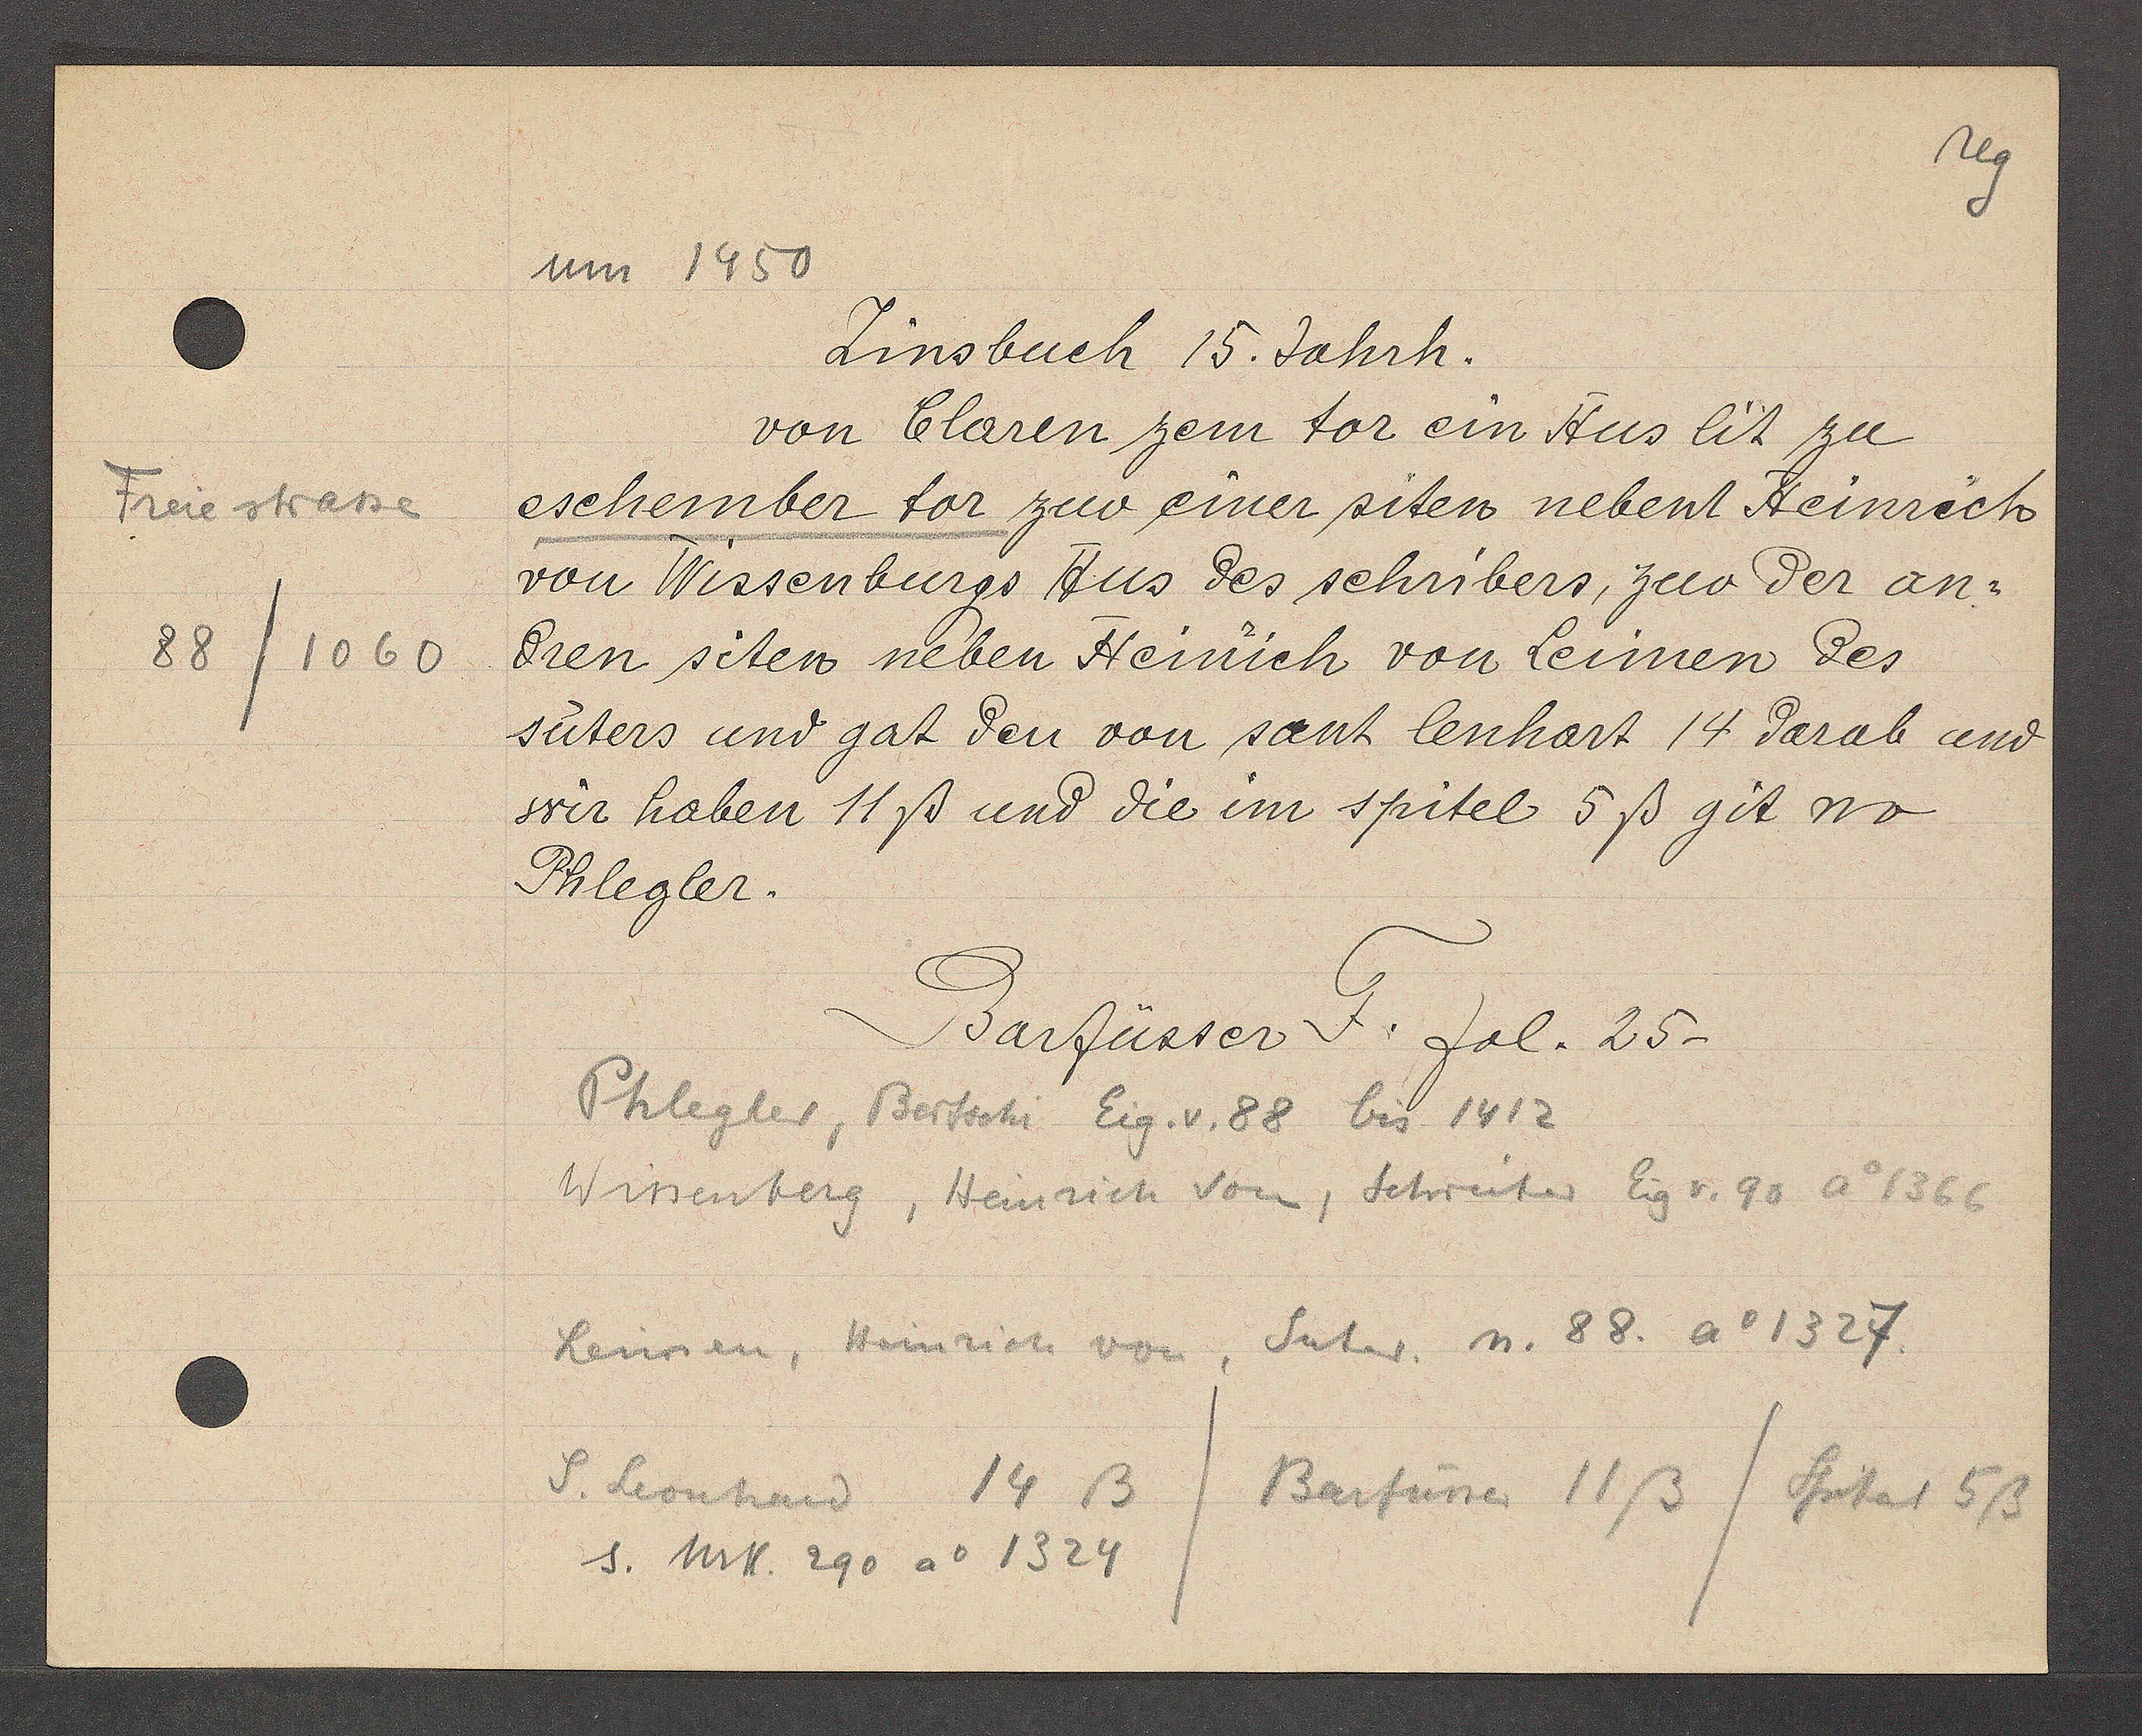
Transcript:
Freie stasse
88/1060

um 1450

Zinsbuch 15. Jahrh.
von Claren zem tor ein Hus lit zu
eschember tor zuo einer siten nebent Heinrich
von Wissenburgs Hus des schribers, zuo der an¬
dren siten neben Henrich von Leinen des
suters und gat den von sant lenhart 14 darab und
wir haben 11ß und die im spitel 5ß git no
Phlegler.

Barfüsser F. fol. 25-

Phlegler, Bertschi Eig. v. 88 bis 1412.
Winenberg, Heinrich von, Schreiter Eig v. 90 Ao 1366
Leinen Heinrich von, Suter. n. 88. ao 1327.
S. Leonhard 14 ß /Barfüsser 11ß/ Spital 5ß
s. Urk. 290 ao 1324